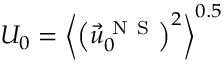
{ { U } _ { 0 } } = { { \left\langle { { \left( \vec { u } _ { 0 } ^ { \mathrm { ~ N ~ S ~ } } \right) } ^ { 2 } } \right\rangle } ^ { 0 . 5 } }